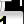
Digit: 1